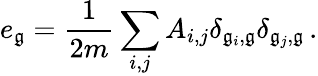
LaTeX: e_{\mathfrak{g}}=\frac{{1}}{{2m}}\sum_{i,j}A_{i,j}\delta_{\mathfrak{g}_{i},\mathfrak{g}}\delta_{\mathfrak{g}_{j},\mathfrak{g}}\, .